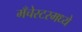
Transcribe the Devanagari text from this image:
मँचेस्टरमध्ये